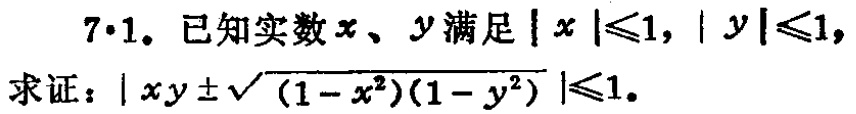
7·1. 已知实数\(x\)、\(y\)满足\(\vert x\vert\leqslant1\)，\(\vert y\vert\leqslant1\)，求证：\(\vert xy\pm\sqrt{(1 - x^{2})(1 - y^{2})}\vert\leqslant1\)。